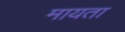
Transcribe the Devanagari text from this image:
मायता